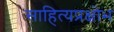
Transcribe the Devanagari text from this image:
साहित्यप्रक्षोभ